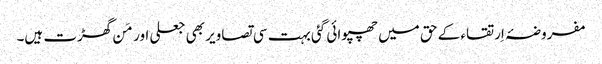
مفروضۂ اِرتقاء کے حق میں چھپوائی گئی بہت سی تصاویر بھی جعلی اور مَن گھڑت ہیں۔